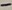
Text: -